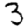
Digit: 3